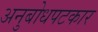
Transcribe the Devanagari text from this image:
अनुबोधपटकार